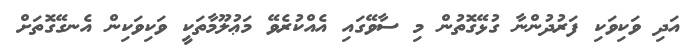
އަދި ވަކިވަކި ފަރުދުންނާ ގުޅޭގޮތުން މި ސާވޭގައި އެއްކުރެވޭ މަޢުލޫމާތަކީ ވަކިވަކިން އެނގޭގޮތަށް